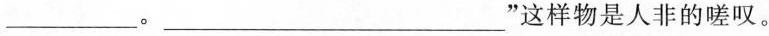
___。___”这样物是人非的嗟叹。